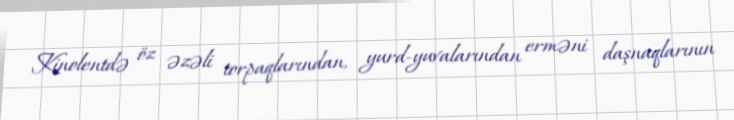
Kinolentdə öz əzəli torpaqlarından, yurd-yuvalarından erməni daşnaqlarının